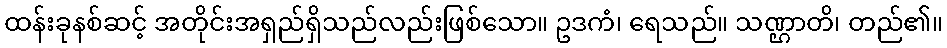
ထန်းခုနစ်ဆင့် အတိုင်းအရှည်ရှိသည်လည်းဖြစ်သော။ ဥဒကံ၊ ရေသည်။ သဏ္ဌာတိ၊ တည်၏။